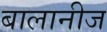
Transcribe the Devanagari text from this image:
बालानीज